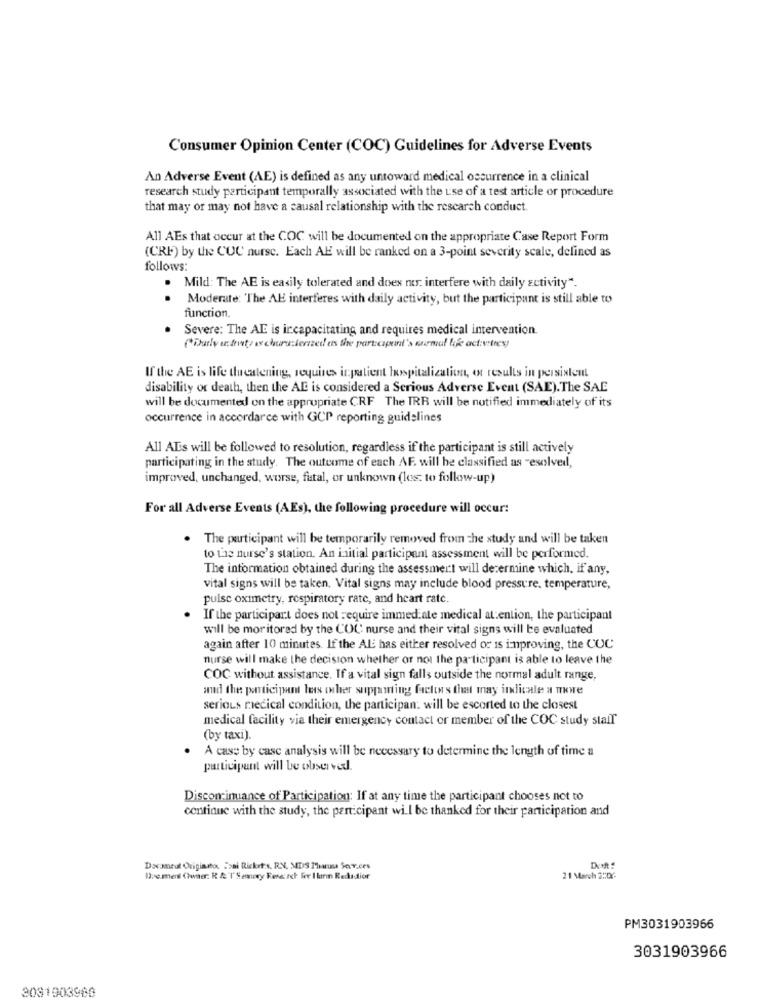
Consumer Opinion Center (COC) Guidelines for Adverse Events
An Adverse Event (AE) is defined as any untoward medical occurrence in a clinical
research study participant temporally associated with the use of a test article or procedure
that may or may not have a causal relationship with the research conduct.
All AEs that occur at the COC will be documented on the appropriate Case Report Form
(CRF) by the COC nurse. Each AE will be ranked on a 3-point severity scale, defined as
follows:
. Mild: The AE is easily tolerated and does no: interfere with daily activity".
.
Moderate: "The AE interferes with daily activity, but the participant is still able to
function.
Severe: The AE is incapacitating and requires medical intervention.
(Durly er frits is characterized as the participarit's murmal life activities!
If the AE is life threatening, requires inpatient hospitalization, ot results in persistent
disability or death, then the AD is considered a Serious Adverse Event (SAE). The SAE
will be documented on the appropriate CRF The IRR will be notified immediately of its
occurrence in accordance with GCP reporting guidelines
All ALs will be followed to resolution, regardless if the participant is still actively
participating in the study. The outcome of each AF. will be classified as -esolved,
improved, unchanged, worse, fatal, or unknown (les: to follow-up)
For all Adverse Events (AEs), the following procedure will occur:
. The participant will be temporarily removed from the study and will be taken
to the nurse's station. An initial participant assessment will be performed.
The information obtained during the assessment will determine which, if any,
vital signs will be taken, Vital signs may include blood pressure. temperature,
pulse oximetry, respiratory rate, and heart rate.
If the participart does not require immediate medical attention, the participant
will be moritored by the COC nurse and their vital signs will be evaluated
again after 10 minutes. If the Al has either resolved or is improving, the COC
nurse will make the decision whether or not the participant is able to leave the
COC without assistance. If a vital sign falls outside the normal adult range,
and the participant less other supporting factors that may indicale a mwe
serious medical condition, the participan: will be escorted to the closest
medical facility via their emergency contact or member of the COC study staif
(by taxi).
A case by casc analysis will be necessary to determine the length of time a
participant will be observed.
Discontinuance of Participation: If at any time the participant chooses not to
continue with the study, the participant will be thanked for their participation and
Dommeut Originato. ">ai Ricket:s. RN, MDS Thatusa Sar.ces
Dremel (Twiter: R & TSemnery Reserch for I lann Rediddior
21 March 2:02-
PM3031903966
3031903966
3081903980